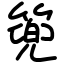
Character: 篼